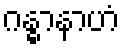
ဂန္ဓာနာဟံ